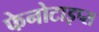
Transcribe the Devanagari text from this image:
फेनोटाइप्स